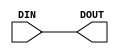

// Copyright (c) 2000-2009 Bluespec, Inc.

// Permission is hereby granted, free of charge, to any person obtaining a copy
// of this software and associated documentation files (the "Software"), to deal
// in the Software without restriction, including without limitation the rights
// to use, copy, modify, merge, publish, distribute, sublicense, and/or sell
// copies of the Software, and to permit persons to whom the Software is
// furnished to do so, subject to the following conditions:

// The above copyright notice and this permission notice shall be included in
// all copies or substantial portions of the Software.

// THE SOFTWARE IS PROVIDED "AS IS", WITHOUT WARRANTY OF ANY KIND, EXPRESS OR
// IMPLIED, INCLUDING BUT NOT LIMITED TO THE WARRANTIES OF MERCHANTABILITY,
// FITNESS FOR A PARTICULAR PURPOSE AND NONINFRINGEMENT. IN NO EVENT SHALL THE
// AUTHORS OR COPYRIGHT HOLDERS BE LIABLE FOR ANY CLAIM, DAMAGES OR OTHER
// LIABILITY, WHETHER IN AN ACTION OF CONTRACT, TORT OR OTHERWISE, ARISING FROM,
// OUT OF OR IN CONNECTION WITH THE SOFTWARE OR THE USE OR OTHER DEALINGS IN
// THE SOFTWARE.
//
// $Revision$
// $Date$

`ifdef BSV_ASSIGNMENT_DELAY
`else
`define BSV_ASSIGNMENT_DELAY
`endif


module SyncWire( DIN, DOUT );

   parameter width = 1;
            
   input [width - 1 : 0]    DIN;
   output [width - 1 : 0]   DOUT;

   assign                   DOUT = DIN ;
   

endmodule